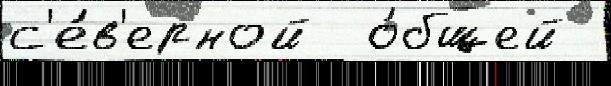
с'е́в'ерной  о́бщей